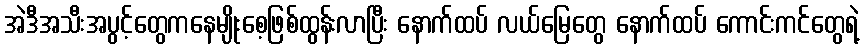
အဲဒီအသီးအပွင့်တွေကနေမျိုးစေ့ဖြစ်ထွန်းလာပြီး နောက်ထပ် လယ်မြေတွေ နောက်ထပ် ကောင်းကင်တွေရဲ့